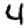
Digit: 4